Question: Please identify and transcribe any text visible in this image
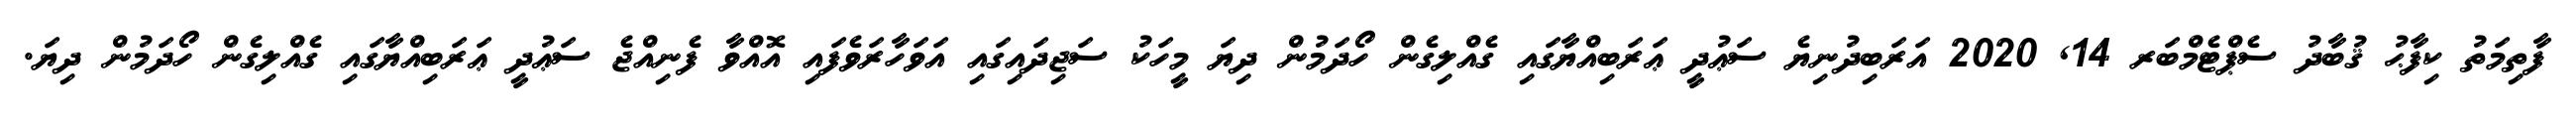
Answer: ފާތިމަތު ކިފާޙު ޤުބާދު ސެޕްޓެމްބަރ 14, 2020 އަރަބިދުނިޔެ ސަޢުދީ ޢަރަބިއްޔާގައި ގެއްލިގެން ހޯދަމުން ދިޔަ މީހަކު ސަޖިދައިގައި އަވަހާރަވެފައި އޮއްވާ ފެނިއްޖެ ސަޢުދީ ޢަރަބިއްޔާގައި ގެއްލިގެން ހޯދަމުން ދިޔަ.